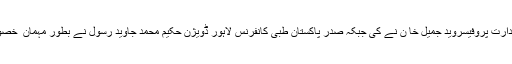
اس تقریب کی صدارت پروفیسروید جمیل خا ن نے کی جبکہ صدر پاکستان طبی کانفرنس لاہور ڈویژن حکیم محمد جاوید رسول نے بطور مہمان ِ خصوصی شرکت کی۔